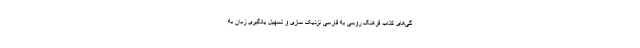
گی‌های کتاب فرهنگ روسی به فارسی نزدیک سازی و تسهیل یادگیری زبان به